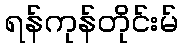
ရန်ကုန်တိုင်းမ်